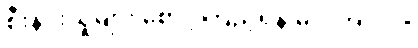
စီးနင်းသူများ စောင့်ကြည့်ရန် မလိုအပ်ပါ။